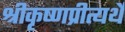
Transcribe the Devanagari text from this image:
श्रीकृष्णप्रीत्यर्थे